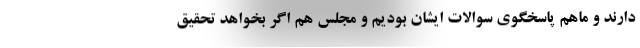
دارند و ماهم پاسخگوی سوالات ایشان بودیم و مجلس هم اگر بخواهد تحقیق